Vaccination North-Western Provinces and Oudh 1896-1901 - 1896-1901
Year: 1896
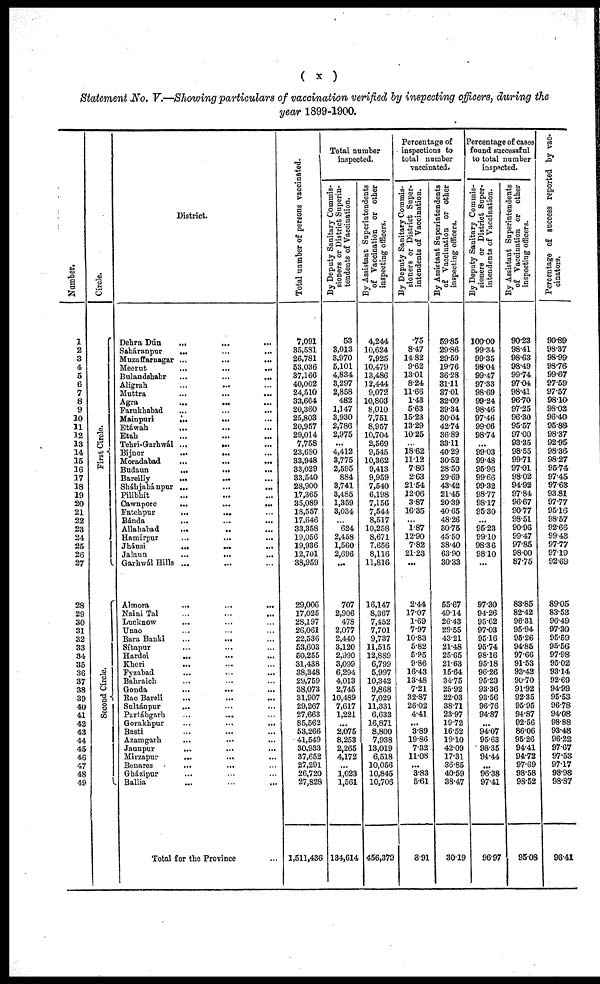
( x )
Statement No. V.—Showing particulars of vaccination verified by inspecting officers, during the
year 1899-1900.
Number.
1
2
3
4
5
6
7
8
9
10
11
12
13
14
15
16
17
18
19
20
21
22
23
24
25
26
27
28
29
30
31
32
33
34
35
36
37
38
39
40
41
42
43
44
45
46
47
48
49
Circle.
First Circle.
Second Circle.
District.
Dehra Dún
... ... ...
Saháranpur
... ... ...
Muzaffarnagar ...
...
...
Meerut
...
...
...
Bulandshahr
...
...
...
Aligrah ... ... ...
Muttra ... ... ...
Agra ... ... ...
Farukhabad ... ... ...
Mainpuri
...
... ...
Etáwah
... ... ...
Etah ... ... ...
Tehri-Garhwál ...
... ...
Bijnor
...
... ...
Moradabad
...
...
...
Budaun
...
...
...
Bareilly
...
...
...
Sháhjahánpur ...
...
...
Pilibhít ... ... ...
Cawnpore
...
...
...
Fatehpur
...
... ...
Bánda
...
...
...
Allahabad
...
Hamírpur
...
...
...
Jhánsi
...
...
...
Jalaun
...
...
...
Garhwál Hills ... ... ...
Almora
...
...
...
Naini Tal ... ... ...
Lucknow ... ... ...
Unao ... ... ...
Bara Banki
...
... ...
Sítapur ... ... ...
Hardoi
... ... ...
Kheri ... ... ...
Fyzabad ... ... ...
Bahraich ... ... ...
Gonda ... ... ...
Rae Bareli
...
...
...
Sultánpur ... ... ...
Partábgarh
...
... ...
Gorakhpur
...
...
...
Basti ... ... ...
Azamgarh ... ... ...
Jaunpur
...
...
...
Mirzapur
... ... ...
Benares ... ... ...
Gházipur ... ... ...
Ballia ... ... ...
Total for the Province ...
Total unmber of persons vaccinated.
7,091
35,581
26,781
53,036
37,166
40,002
24,510
33,664
20,360
25,803
20,957
29,014
7,758
23,690
33,948
33,029
33,540
28,900
17,365
35,089
18,557
17,646
33,358
19,056
19,936
12,701
38,959
29,006
17,025
28,197
26,061
22,536
53,603
50,255
31,438
38,348
29,759
38,073
31,907
29,267
27,663
85,562
53,266
41,549
30,933
37,652
27,291
26,720
27,828
1,511,436
Total number
inspected.
By Deputy Sanitary Commis-
sioners or District Superin-
tendents of Vaccination.
53
3,013
3,970
5,101
4,834
3,297
2,858
482
1,147
3,930
2,786
2,975
...
4,412
3,775
2,595
884
3,741
3,485
1,359
3,034
...
624
2,458
1,560
2,696
...
707
2,906
478
2,077
2,440
3,120
2,990
3,099
6,294
4,013
2,745
10,489
7,617
1,221
...
2,075
8,253
2,265
4,172
...
1,023
1,561
134,614
By Assistant Superintendents
of Vaccination or other
inspecting officers.
4,244
10,624
7,925
10,479
13,486
12,444
9,072
10,803
8,010
7,751
8,957
10,704
2,569
9,545
10,362
9,413
9,959
7,540
6,198
7,156
7,544
8,517
10,258
8,671
7,656
8,116
11,816
16,147
8,367
7,452
7,701
9,737
11,515
12,889
6,799
5,997
10,342
9,868
7,029
11,331
6,633
16,871
8,800
7,938
13,019
6,518
10,056
10,845
10,706
456,379
Percentage of
inspections to
total number
vaccinated.
By Deputy Sanitary Commis-
sioners or District Super-
intendents of Vaccination.
.75
8.47
14.82
9.62
13.01
8.24
11.66
1.43
5.63
15.23
13.29
10.25
...
18.62
11.12
7.86
2.63
21.54
12.06
3.87
16.35
...
1.87
12.90
7.82
21.23
...
2.44
17.07
1.69
7.97
10.83
5.82
5.95
9.86
16.43
13.48
7.21
32.87
26.02
4.41
...
3.89
19.86
7.32
11.08
...
3.83
5.61
8.91
By Assistant Superintendents
of Vaccination or other
inspecting officers.
59.85
29.86
29.59
19.76
36.28
31.11
37.01
32.09
39.34
30.04
42.74
36.89
33.11
40.29
30.52
28.50
29.69
43.42
21.45
20.39
40.65
48.26
30.75
45.50
38.40
63.90
30.33
55.67
49.14
26.43
29.55
43.21
21.48
25.65
21.63
15.64
34.75
25.92
22.03
38.71
23.97
19.72
16.52
19.10
42.09
17.31
36.85
40.59
38.47
30.19
Percentage of cases
found successful
to total number
inspected.
By Deputy Sanitary Commis-
sioners or District Super-
intendents of Vaccination.
100.00
99.34
99.35
98.04
99.47
97.33
98.69
99.24
98.46
97.46
99.06
98.74
...
99.03
99.48
95.96
99.66
99.32
98.77
98.17
95.30
...
95.23
99.10
98.36
98.10
...
97.30
94.26
95.62
97.03
95.16
95.74
98.16
95.18
96.26
95.23
93.36
93.56
96.76
94.87
...
94.07
95.63
98.35
94.44
...
96.38
97.41
96.97
By Assistant Superintendents
of Vaccination or other
inspecting officers.
90.23
98.41
98.63
98.49
99.74
97.04
98.41
96.70
97.25
96.30
95.57
97.00
93.35
98.55
99.71
97.01
98.02
94.92
97.84
96.67
90.77
98.51
90.96
99.47
97.85
98.00
87.75
83.85
82.42
96.31
95.94
95.26
94.85
97.66
91.53
93.42
90.70
91.92
92.35
95.95
94.87
92.56
86.06
95.26
94.41
94.72
97.69
98.58
98.52
95.08
Percentage of success reported by vac¬
cinators.
90.89
98.37
98.99
98.76
99.67
97.59
97.57
98.10
98.02
96.40
95.88
98.37
92.95
98.36.
98.27
95.74
97.45
97.63
93.81
97.77
95.16
98.57
92.66
99.43
97.77
97.19
92.69
89.05
83.53
96.49
97.30
95.59
95.56
97.98
95.02
93.14
92.69
94.99
95.53
96.78
94.08
98.88
93.48
96.22
97.67
97.53
97.17
98.98
98.87
96.41